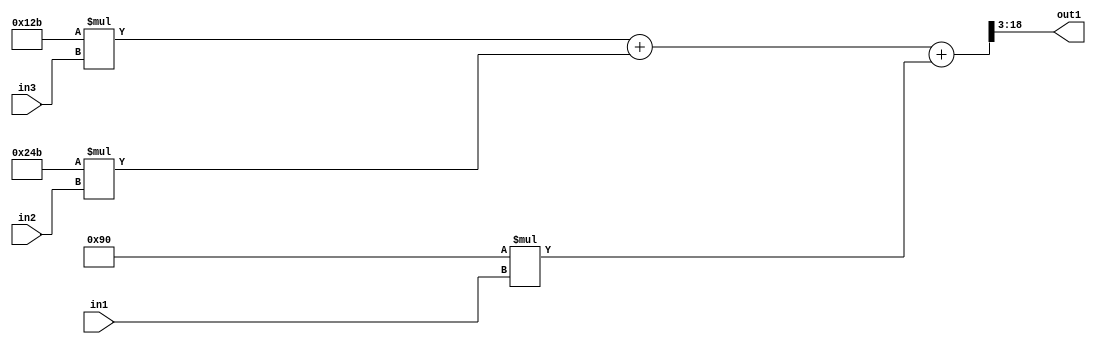
`timescale 1ps / 1ps
/*****************************************************************************
    Verilog RTL Description
    
    
    Created by: Stratus DpOpt 2019.1.01 
*******************************************************************************/

module SobelFilter_R18_3Add3Mul2i144u8Mul2iLLu8Mul2i299u8_1 (
	in3,
	in2,
	in1,
	out1
	); /* architecture "behavioural" */ 
input [7:0] in3,
	in2,
	in1;
output [15:0] out1;
wire [18:0] asc003;

wire [18:0] asc003_tmp_0;
wire [18:0] asc003_tmp_1;
assign asc003_tmp_1 = 
	+(19'B0000000000100101011 * in3);
assign asc003_tmp_0 = asc003_tmp_1
	+(19'B0000000001001001011 * in2);
assign asc003 = asc003_tmp_0
	+(19'B0000000000010010000 * in1);

assign out1 = asc003[18:3];
endmodule

/* CADENCE  v7X1Qgg= : u9/ySgnWtBlWxVPRXgAZ4Og= ** DO NOT EDIT THIS LINE ******/